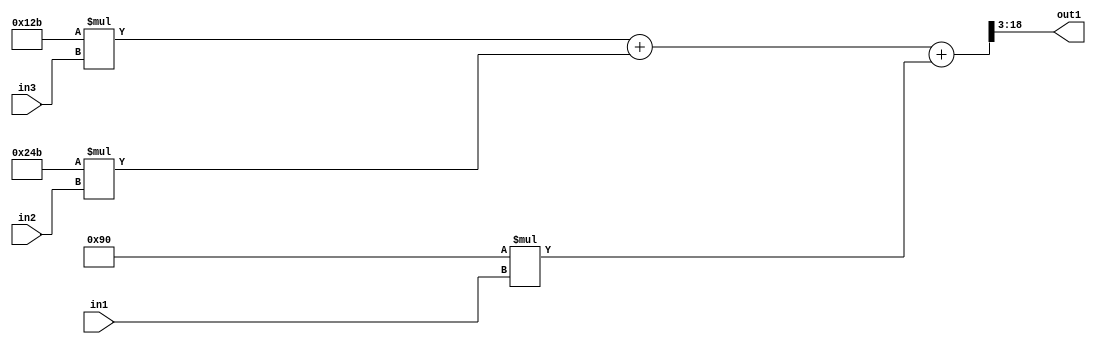
`timescale 1ps / 1ps
/*****************************************************************************
    Verilog RTL Description
    
    
    Created by: Stratus DpOpt 2019.1.01 
*******************************************************************************/

module SobelFilter_R18_3Add3Mul2i144u8Mul2iLLu8Mul2i299u8_1 (
	in3,
	in2,
	in1,
	out1
	); /* architecture "behavioural" */ 
input [7:0] in3,
	in2,
	in1;
output [15:0] out1;
wire [18:0] asc003;

wire [18:0] asc003_tmp_0;
wire [18:0] asc003_tmp_1;
assign asc003_tmp_1 = 
	+(19'B0000000000100101011 * in3);
assign asc003_tmp_0 = asc003_tmp_1
	+(19'B0000000001001001011 * in2);
assign asc003 = asc003_tmp_0
	+(19'B0000000000010010000 * in1);

assign out1 = asc003[18:3];
endmodule

/* CADENCE  v7X1Qgg= : u9/ySgnWtBlWxVPRXgAZ4Og= ** DO NOT EDIT THIS LINE ******/